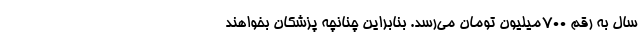
سال به رقم ۷۰۰میلیون تومان می‌رسد. بنابراین چنانچه پزشکان بخواهند